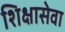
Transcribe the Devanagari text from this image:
शिक्षासेवा